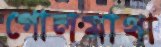
গোলমাথা